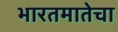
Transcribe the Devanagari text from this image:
भारतमातेचा